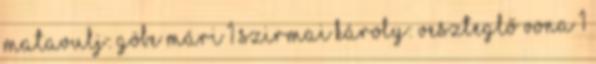
Matavulj: Göbe Mári 1 Szirmai Károly: Veszteglő vona 1